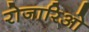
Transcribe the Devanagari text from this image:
रोजारिओ